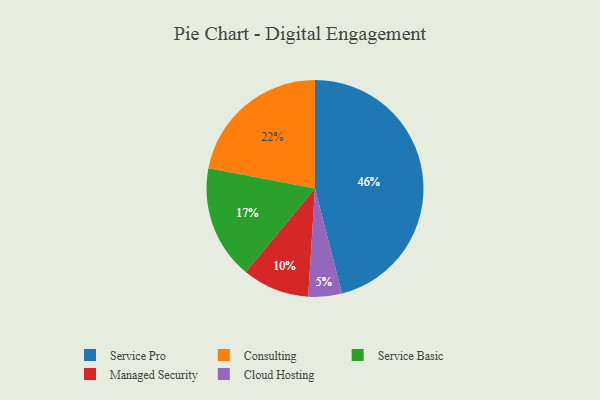
{"axis": {"x": "Category", "y": "Percentage"}, "legend": ["Cloud Hosting", "Consulting", "Managed Security", "Service Basic", "Service Pro"], "data": [{"x": "Service Pro", "y": 46, "type": "Service Pro"}, {"x": "Consulting", "y": 22, "type": "Consulting"}, {"x": "Cloud Hosting", "y": 5, "type": "Cloud Hosting"}, {"x": "Managed Security", "y": 10, "type": "Managed Security"}, {"x": "Service Basic", "y": 17, "type": "Service Basic"}]}